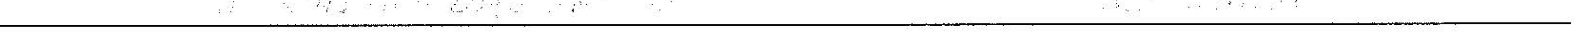
________________